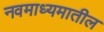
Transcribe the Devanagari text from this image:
नवमाध्यमातील